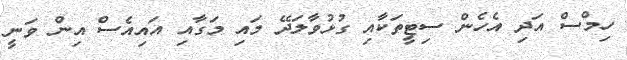
ހިމްސް އަދި އެހެން ސިޓީތަކާއި ގުޅުވާލަދޭ މައި މަގާއި އައިއެސް އިން ވަނީ